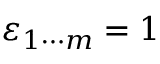
\varepsilon _ { 1 \cdots m } = 1